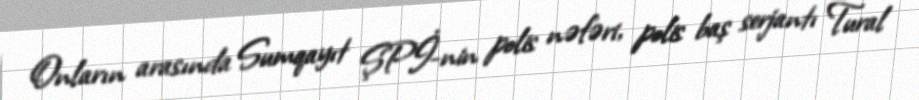
Onların arasında Sumqayıt ŞPİ-nin polis nəfəri, polis baş serjantı Tural